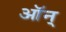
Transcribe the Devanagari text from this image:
ऑन्